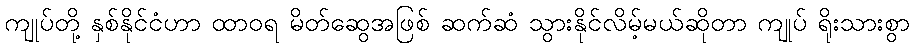
ကျုပ်တို့ နှစ်နိုင်ငံဟာ ထာဝရ မိတ်ဆွေအဖြစ် ဆက်ဆံ သွားနိုင်လိမ့်မယ်ဆိုတာ ကျုပ် ရိုးသားစွာ